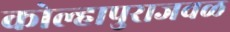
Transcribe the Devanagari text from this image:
कोल्हापुराजवळ